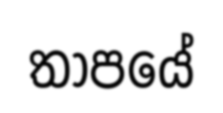
තාපයේ